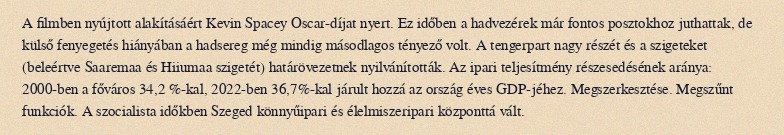
A filmben nyújtott alakításáért Kevin Spacey Oscar-díjat nyert. Ez időben a hadvezérek már fontos posztokhoz juthattak, de külső fenyegetés hiányában a hadsereg még mindig másodlagos tényező volt. A tengerpart nagy részét és a szigeteket (beleértve Saaremaa és Hiiumaa szigetét) határövezetnek nyilvánították. Az ipari teljesítmény részesedésének aránya: 2000-ben a főváros 34,2 %-kal, 2022-ben 36,7%-kal járult hozzá az ország éves GDP-jéhez. Megszerkesztése. Megszűnt funkciók. A szocialista időkben Szeged könnyűipari és élelmiszeripari központtá vált.